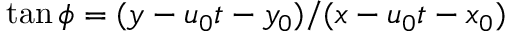
\tan \phi = ( y - u _ { 0 } t - y _ { 0 } ) / ( x - u _ { 0 } t - x _ { 0 } )